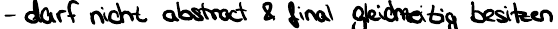
- darf nicht abstract & final gleichzeitig besitzen